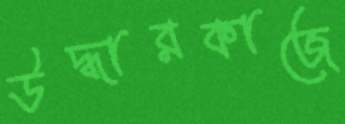
উদ্ধারকাজে